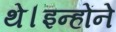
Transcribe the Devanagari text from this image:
थे।इन्होंने